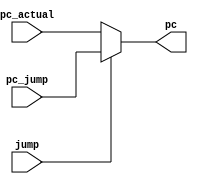
`timescale 1ns / 1ps
//////////////////////////////////////////////////////////////////////////////////
// Company: 
// Engineer: 
// 
// Design Name: 
// Module Name:    mux_3 
// Project Name: 
// Target Devices: 
// Tool versions: 
// Description: 
//
// Dependencies: 
//
// Revision: 
// Revision 0.01 - File Created
// Additional Comments: 
//
//////////////////////////////////////////////////////////////////////////////////
module mux_3(
    input [7:0] pc_actual,
    input [7:0] pc_jump,
    input jump,
    output [7:0] pc
    );
	 
	 assign pc = (jump==1)?pc_jump:pc_actual;


endmodule